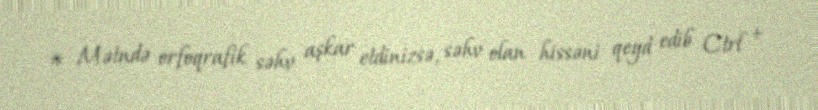
* Mətndə orfoqrafik səhv aşkar etdinizsə, səhv olan hissəni qeyd edib Ctrl +